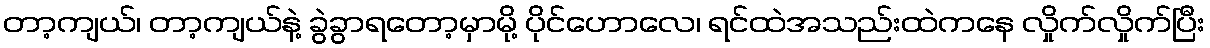
တာ့ကျယ်၊ တာ့ကျယ်နဲ့ ခွဲခွာရတော့မှာမို့ ပိုင်ဟောလေ၊ ရင်ထဲအသည်းထဲကနေ လှိုက်လှိုက်ပြီး